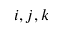
i , j , k